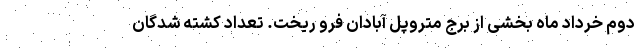
دوم خرداد ماه بخشی از برج متروپل آبادان فرو ریخت. تعداد کشته شدگان